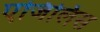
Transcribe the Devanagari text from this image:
एजिलिस